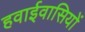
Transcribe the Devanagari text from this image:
हवाईवासियों